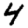
Digit: 4